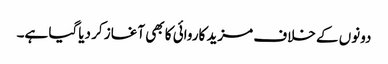
دونوں کے خلاف مزید کاروائی کا بھی آغاز کر دیاگیا ہے۔